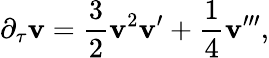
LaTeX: \partial_{\tau}\mathbf{v}=\frac{{3}}{{2}}\mathbf{v}^{2}\mathbf{v}^{\prime}+\frac{{1}}{{4}}\mathbf{v}^{\prime\prime\prime},